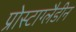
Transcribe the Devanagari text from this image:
प्रोस्टाग्लैडीन